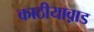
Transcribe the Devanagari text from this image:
काठीयाव़ाड